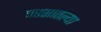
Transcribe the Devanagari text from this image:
परसातल्या